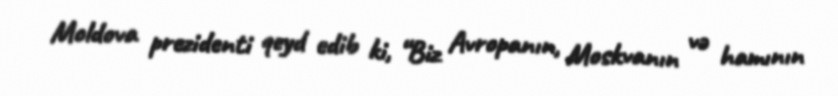
Moldova prezidenti qeyd edib ki, “Biz Avropanın, Moskvanın və hamının